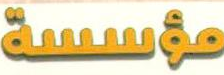
مؤسسة